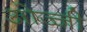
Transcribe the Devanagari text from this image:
ओज्जी